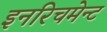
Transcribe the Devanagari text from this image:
इनरिचमेन्ट